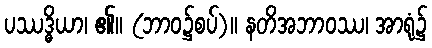
ပဿဒ္ဓိယာ၊ ၏။ (ဘာဝ၌စပ်)။ နတိအဘာဝဿ၊ အာရုံ၌